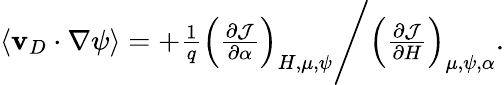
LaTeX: \begin{array}{r}{\langle\mathbf{v}_{D}\cdot\nabla\psi\rangle=+\frac{1}{q}\left(\frac{\partial\mathcal{J}}{\partial\alpha}\right)_{H,\mu,\psi}\Bigg/\left(\frac{\partial\mathcal{J}}{\partial H}\right)_{\mu,\psi,\alpha}.}\end{array}